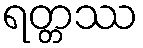
ရတ္တဿ